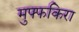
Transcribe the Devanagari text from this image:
मुफ्फकिरा